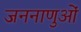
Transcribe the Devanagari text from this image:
जननाणुओं